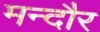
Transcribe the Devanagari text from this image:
मन्दौर